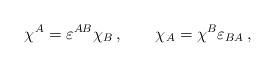
LaTeX: \begin{align*}\chi^A=\varepsilon^{AB}\chi_B\,,\qquad \chi_A= \chi^B\varepsilon_{BA}\,,\end{align*}